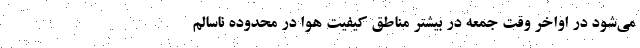
می‌شود در اواخر وقت جمعه در بیشتر مناطق کیفیت هوا در محدوده ناسالم